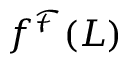
f ^ { \mathcal { F } } ( L )